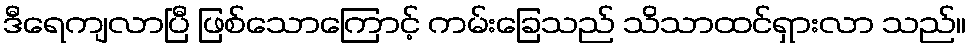
ဒီရေကျလာပြီ ဖြစ်သောကြောင့် ကမ်းခြေသည် သိသာထင်ရှားလာ သည်။